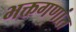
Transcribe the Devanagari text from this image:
भक्तगणांत